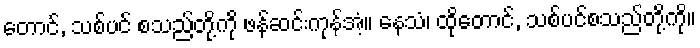
တောင်, သစ်ပင် စသည်တို့ကို ဖန်ဆင်းကုန်အံ့။ နေသံ၊ ထိုတောင်, သစ်ပင်စသည်တို့ကို။